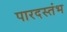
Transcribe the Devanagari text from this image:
पारदस्तंभ